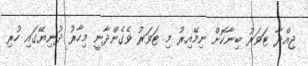
ޖިއްދާ ޓަވަރު ބިނާކޮށް ނިމޭއިރު މި ޓަވަރު ވެގެންދާނީ މިހާރު ދުނިޔޭގައި ހުރި